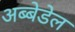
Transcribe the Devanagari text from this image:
अब्बेडेल